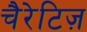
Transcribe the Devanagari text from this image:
चैरेटिज़